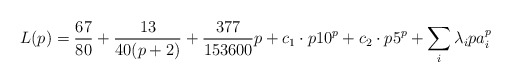
\begin{align*}L(p) = \frac{67}{80}+\frac{13}{40(p+2)} + \frac{377}{153600}p + c_1\cdot p10^p + c_2\cdot p5^p + \sum_i \lambda_i pa_i^p\end{align*}